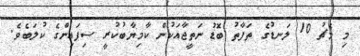
މި މެޗު 10 ލަނޑުގެ ތަފާތު ބޮޑު ނަތީޖާއަކުން ކާމިޔާބުކުރީ ސިފައިންގެ ކުލަބެވެ.